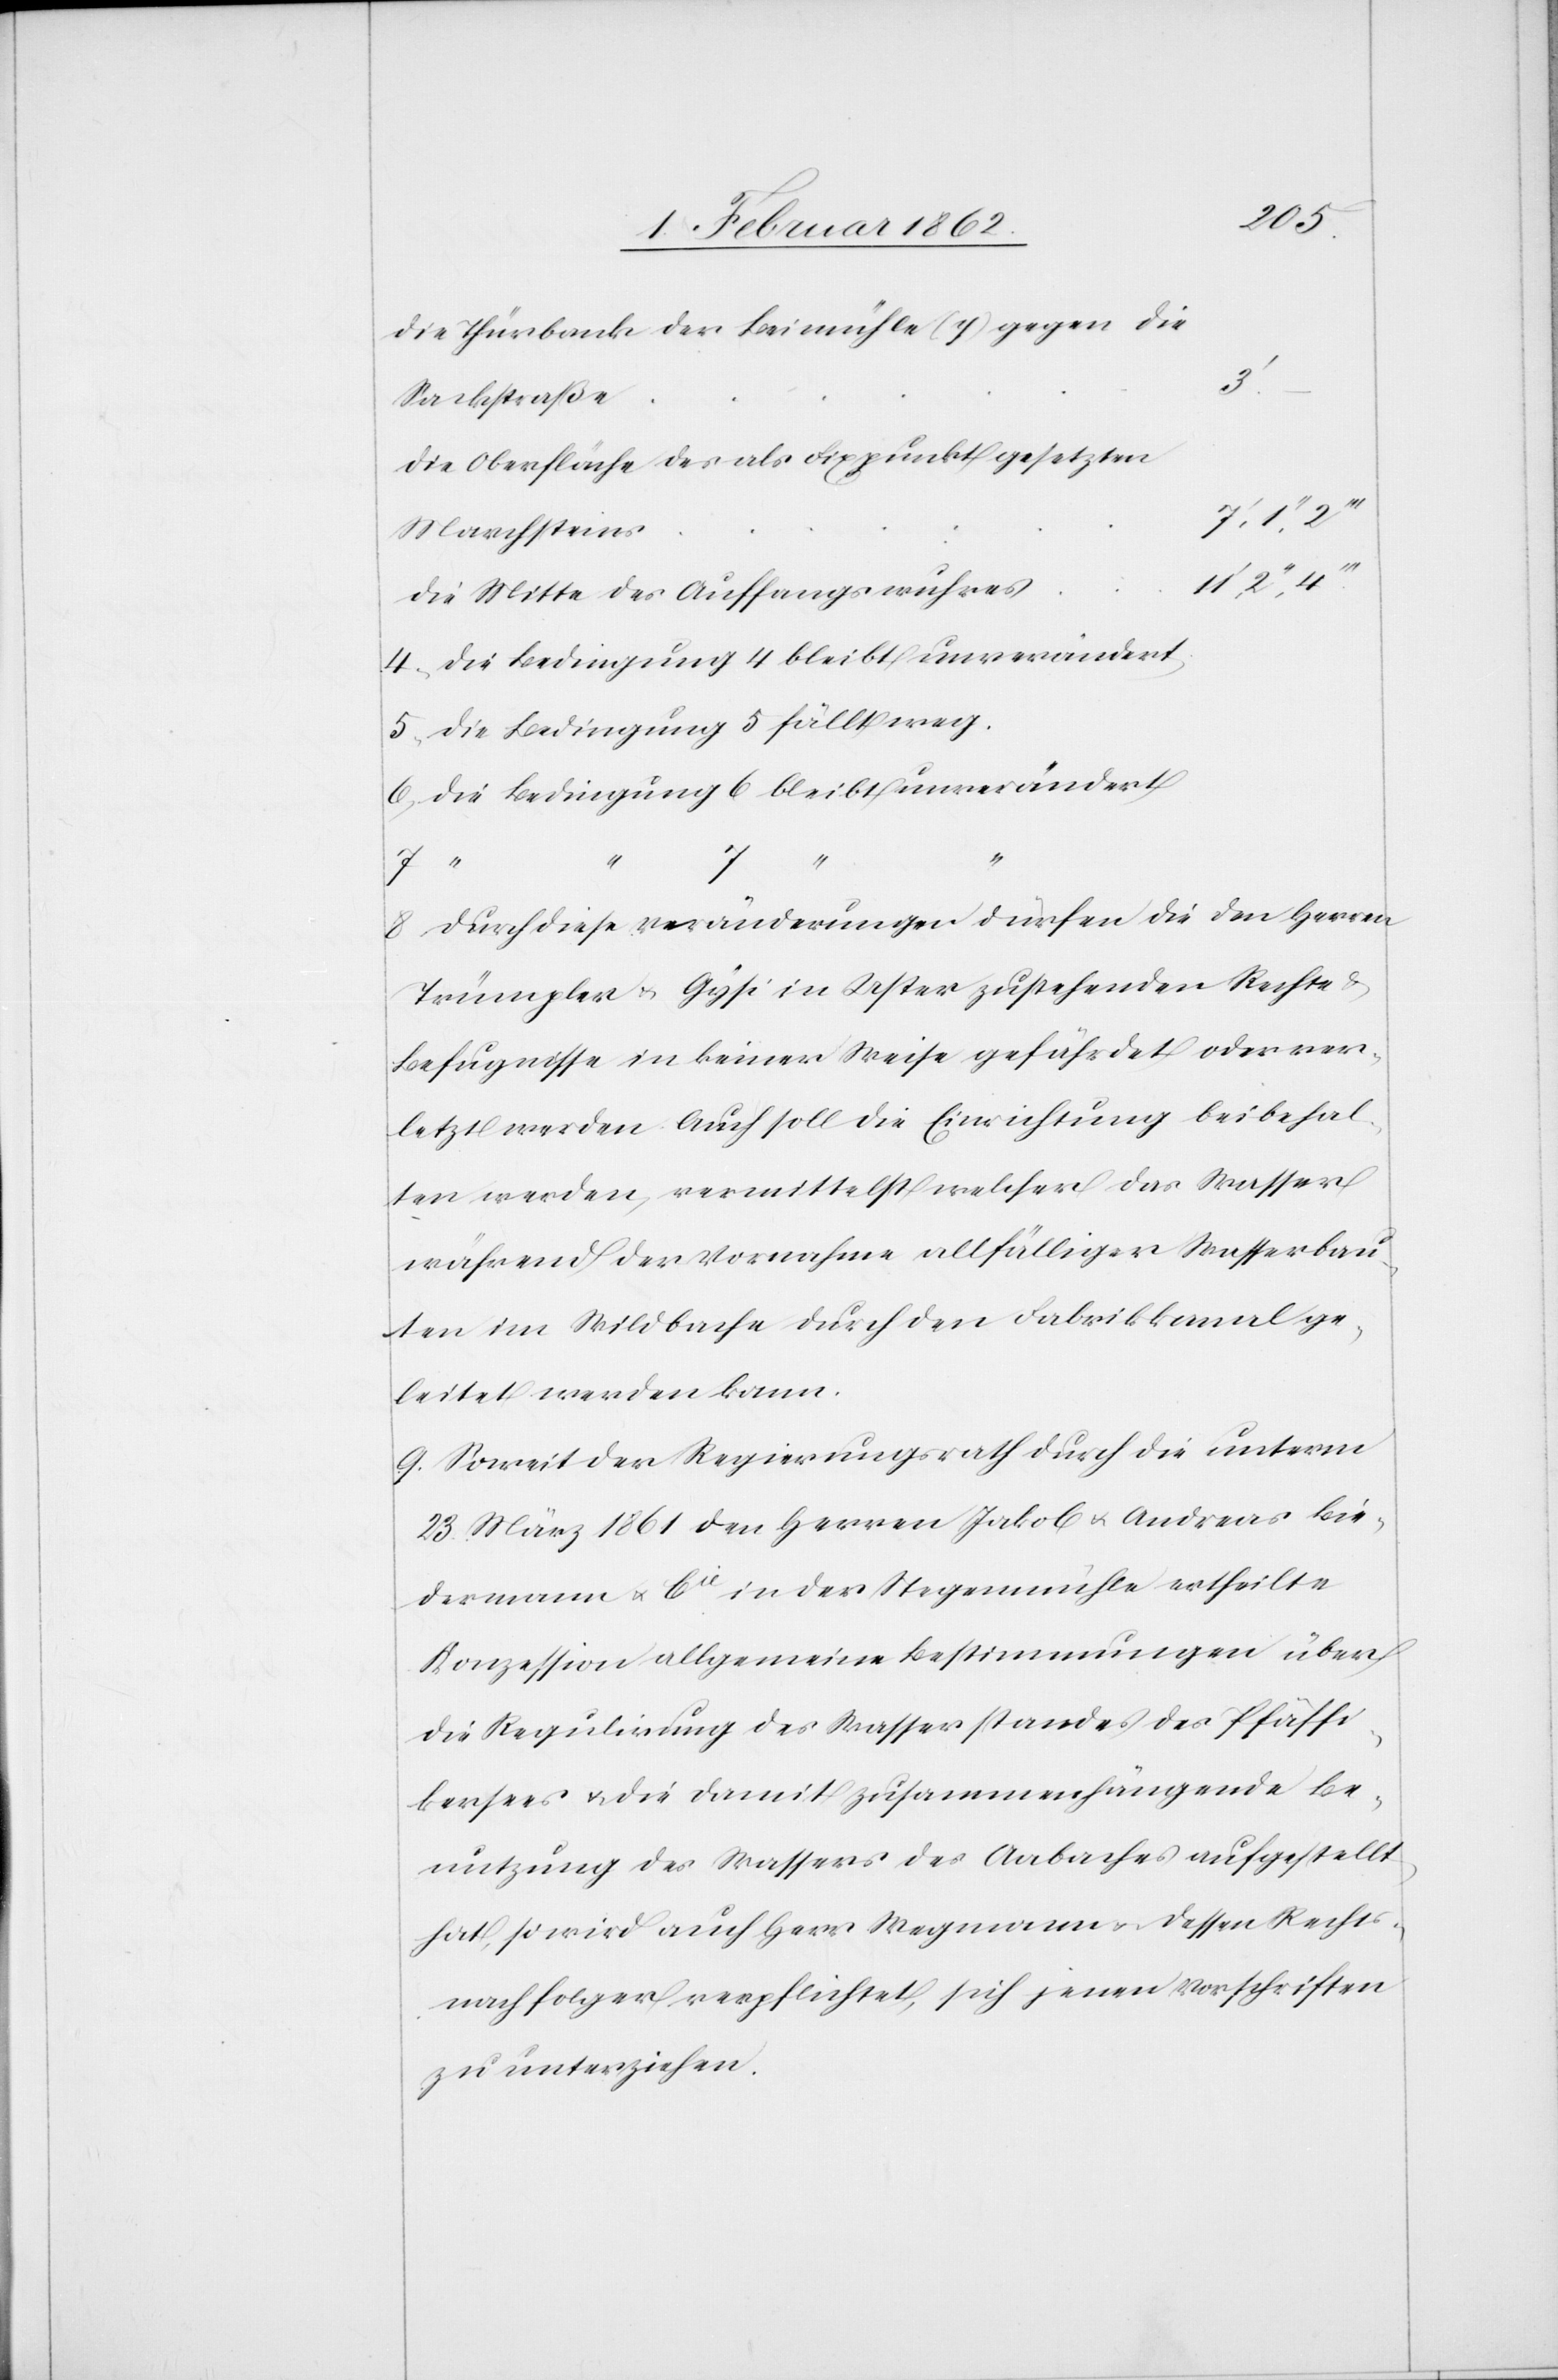
die Thürbank der Beimühle (y) gegen die
die Oberfläche des als Fixpunkt gesetzten
Marchstein¬
s				11.’
die Mitte des Auffangswuhre¬
4) die Bedingung 4 bleibt unverändert
5) die Bedingung 5 fällt weg.
6) die Bedingung 6 bleibt unverändert
7 “
“
8) durch diese Veränderungen dürfen die den Herren
Trümpler u. Gysi in Uster zustehenden Rechte &
Befugnisse in keiner Weise gefährdet oder ver¬
letzt werden. Auch soll die Einrichtung beibehal¬
ten werden, vermittelst welcher das Wasser
während der Vornahme allfälliger Wasserbau¬
ten im Wildbache durch den Fabrikkanal ge¬
leitet werden kann.
9) Soweit der Regierungsrath durch die unterm
23. März 1861 den Herren Jakob u. Andreas Bie¬
dermann u. Cie in der Stegenmühle ertheilte
Konzession allgemeine Bestimmungen über
die Regulirung des Wasserstandes des Pfäffi¬
kersees u. die damit zusammenhängende Be¬
nutzung des Wassers des Aabaches aufgestellt
hat, so wird auch Herr Wegmann u. dessen Rechts¬
nachfolger verpflichtet, sich jenen Vorschriften
zu unterziehen.